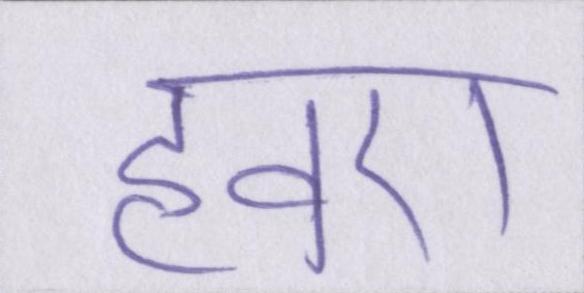
हवए